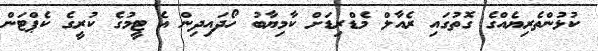
ކުޅުންތެރިޔެއްގެ ގޮތުގައި ރެއާލް މެޑްރިޑަށް ކާމިޔާބު ހޯދައިދިން އެ ޓީމުގެ ކުރީގެ ކެޕްޓަން